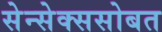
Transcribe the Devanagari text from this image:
सेन्सेक्ससोबत